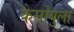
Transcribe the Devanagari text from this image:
कैसोयुला